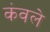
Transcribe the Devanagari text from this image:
कंवले